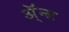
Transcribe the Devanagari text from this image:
ॲ्न्ड